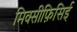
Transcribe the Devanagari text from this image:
मिक्सीफ़िसिई